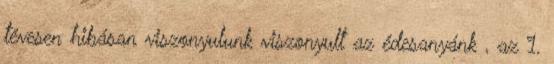
tévesen hibásan viszonyulunk viszonyult az édesanyánk , az 1.